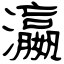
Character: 瀛